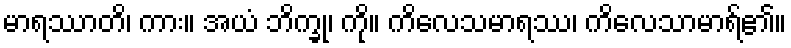
မာရဿာတိ၊ ကား။ အယံ ဘိက္ခု၊ ကို။ ကိလေသမာရဿ၊ ကိလေသာမာရ်၏။